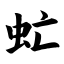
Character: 虻